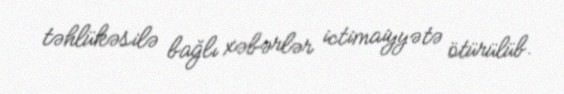
təhlükəsilə bağlı xəbərlər ictimaiyyətə ötürülüb.